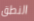
النطق